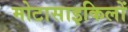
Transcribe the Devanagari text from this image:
मोटासाइकिलों